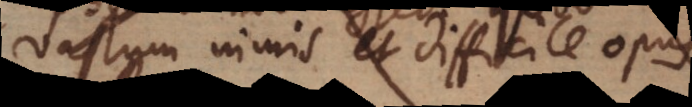
vastum nimis et difficile opus